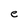
Character: e